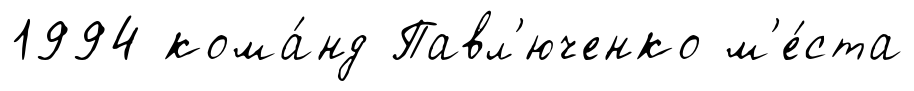
1994 кома́нд Павл'юченко м'е́ста